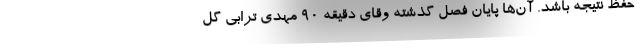
حفظ نتیجه باشد. آن‌ها پایان فصل گذشته وقای دقیقه ۹۰ مهدی ترابی گل